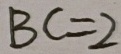
B C = 2